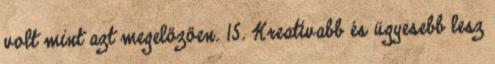
volt mint azt megelőzően. 15. Kreatívabb és ügyesebb lesz